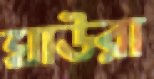
ঘাউরা